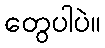
တွေပါပဲ။